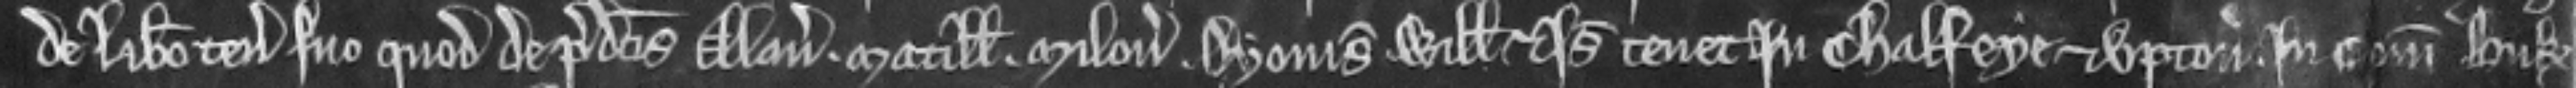
de Libero tenemento suo quod de predictis Alano. Matillide. Milone. Dyonisia Willelmo et Isabella tenet in Chalfeye et Upton. in comitatu Buk